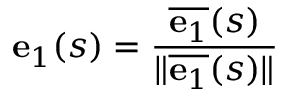
\mathbf { e } _ { 1 } ( s ) = { \frac { { \overline { { \mathbf { e } _ { 1 } } } } ( s ) } { \| { \overline { { \mathbf { e } _ { 1 } } } } ( s ) \| } }